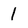
Character: 1